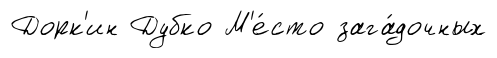
Дорк'ин Дубко М'е́сто зага́дочных